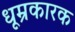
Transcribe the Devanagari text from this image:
धूम्रकारक